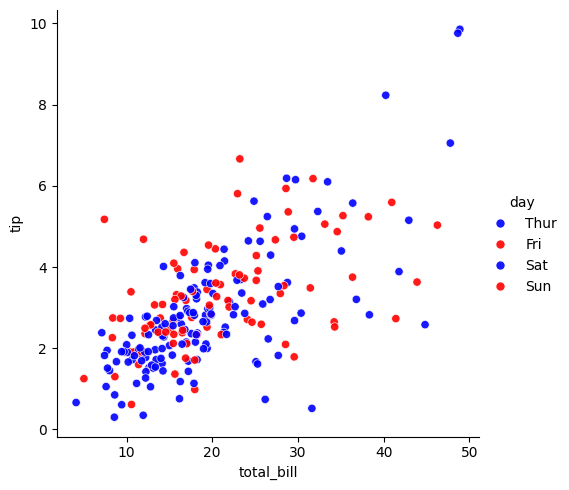
python, seaborn, relplot, alpha=0.9